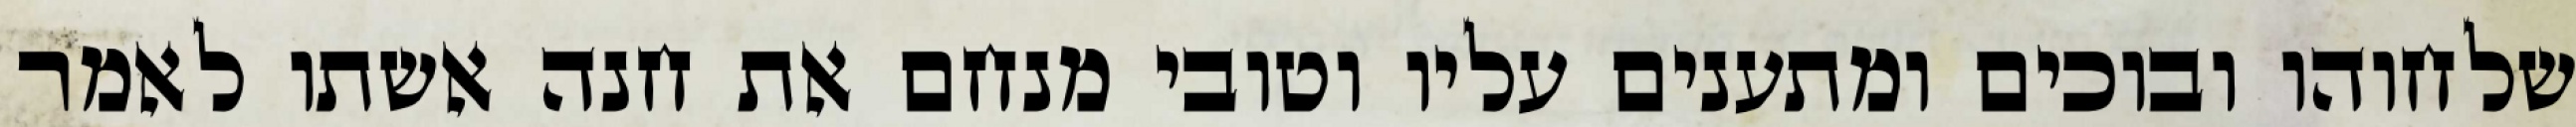
שלחוהו ובוכים ומתענים עליו וטובי מנחם את חנה אשתו לאמר